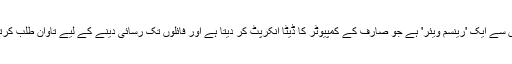
ان میں سے ایک 'رینسم ویئر' ہے جو صارف کے کمپیوٹر کا ڈیٹا انکرپٹ کر دیتا ہے اور فائلوں تک رسائی دینے کے لیے تاوان طلب کرتا ہے۔